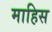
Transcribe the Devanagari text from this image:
माहिस